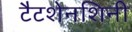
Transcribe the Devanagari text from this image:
टैटशेनशिनी